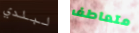
لبلدي متعاطف